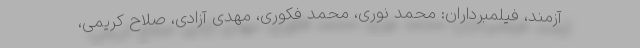
آزمند، فیلمبرداران: محمد نوری، محمد فکوری، مهدی آزادی، صلاح کریمی،